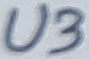
Text: U3